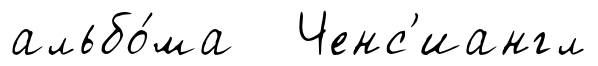
альбо́ма Ченс'иангл